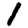
Digit: 1